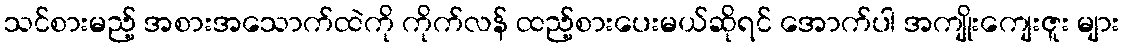
သင်စားမည့် အစားအသောက်ထဲကို ကိုက်လန် ထည့်စားပေးမယ်ဆိုရင် အောက်ပါ အကျိုးကျေးဇူး များ